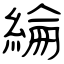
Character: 綸